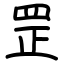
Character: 罡